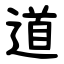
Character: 道